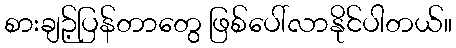
စားချဉ့်ပြန်တာတွေ ဖြစ်ပေါ်လာနိုင်ပါတယ်။